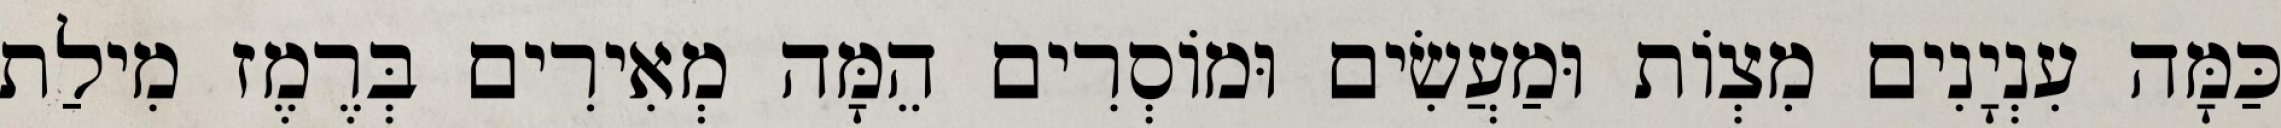
כַּמָּה עִנְיָנִים מִצְוֹת וּמַעֲשִׂים וּמוֹסְרִים הֵמָּה מְאִירִים בְּרֶמֶז מִילַת